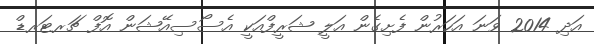
އަދި 2014 ވަނަ އަހަރުން ފެށިގެން އަލީ ޝަރީފްއަކީ އެސޯސިއޭޝަން އޮފް ޗަރޓަރޑް